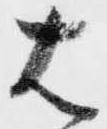
右